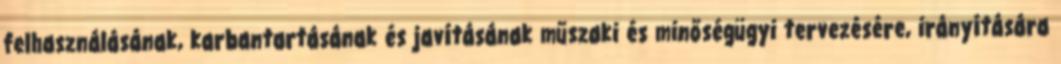
felhasználásának, karbantartásának és javításának műszaki és minőségügyi tervezésére, irányítására